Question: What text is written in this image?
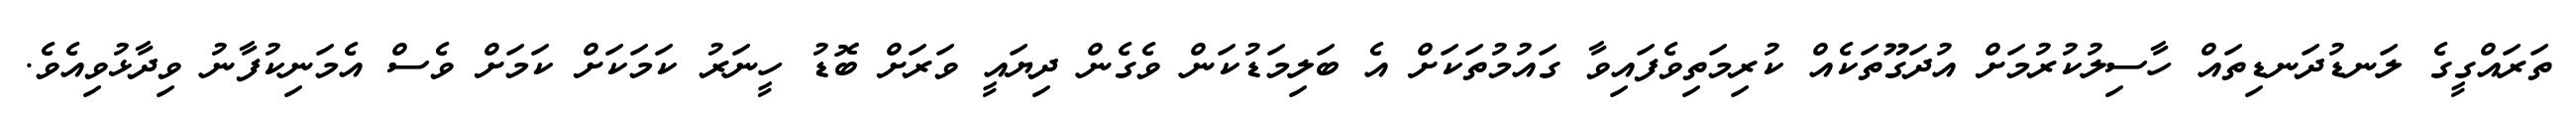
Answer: ތަރައްގީގެ ލަނޑުދަނޑިތައް ހާސިލުކުރުމަށް އުދަގޫތަކެއް ކުރިމަތިވެފައިވާ ގައުމުތަކަށް އެ ބަލިމަޑުކަން ވެގެން ދިޔައީ ވަރަށް ބޮޑު ހީނަރު ކަމަކަށް ކަމަށް ވެސް އެމަނިކުފާނު ވިދާޅުވިއެވެ.